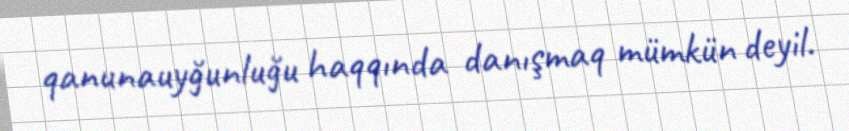
qanunauyğunluğu haqqında danışmaq mümkün deyil.